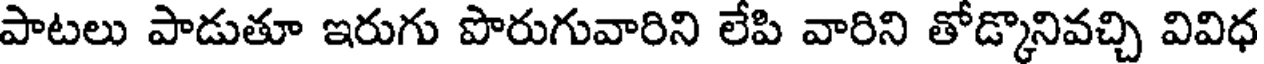
పాటలు పాడుతూ ఇరుగు పొరుగువారిని లేపి వారిని తోడ్కొనివచ్చి వివిధ